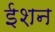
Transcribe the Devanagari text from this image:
ईशन